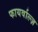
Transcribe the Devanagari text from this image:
फायर्वाल्ज़